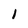
Character: 1